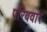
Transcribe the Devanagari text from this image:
परिबवार